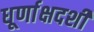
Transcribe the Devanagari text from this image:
धूर्णाक्षदर्शी